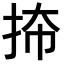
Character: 𪭬